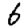
Digit: 6